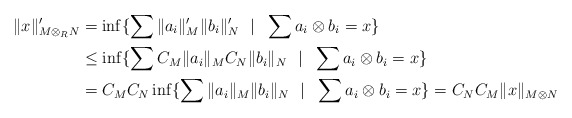
\begin{align*} \|x\|_{M \otimes_{R} N}' & = \inf \{ \sum \|a_i\|'_M\|b_i\|'_N \ \ | \ \ \sum a_i \otimes b_i = x \} \\ & \le \inf \{ \sum C_M \|a_i\|_M C_N\|b_i\|_N \ \ | \ \ \sum a_i \otimes b_i = x \} \\ & = C_M C_N \inf \{ \sum \|a_i\|_M \|b_i\|_N \ \ | \ \ \sum a_i \otimes b_i = x \} = C_N C_M \|x\|_{M \otimes N} \end{align*}